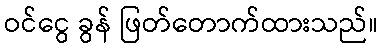
ဝင်ငွေ ခွန် ဖြတ်တောက်ထားသည်။